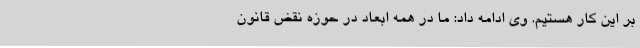
بر این کار هستیم. وی ادامه داد: ما در همه ابعاد در حوزه نقض قانون